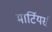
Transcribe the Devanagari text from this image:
मार्टियर्स